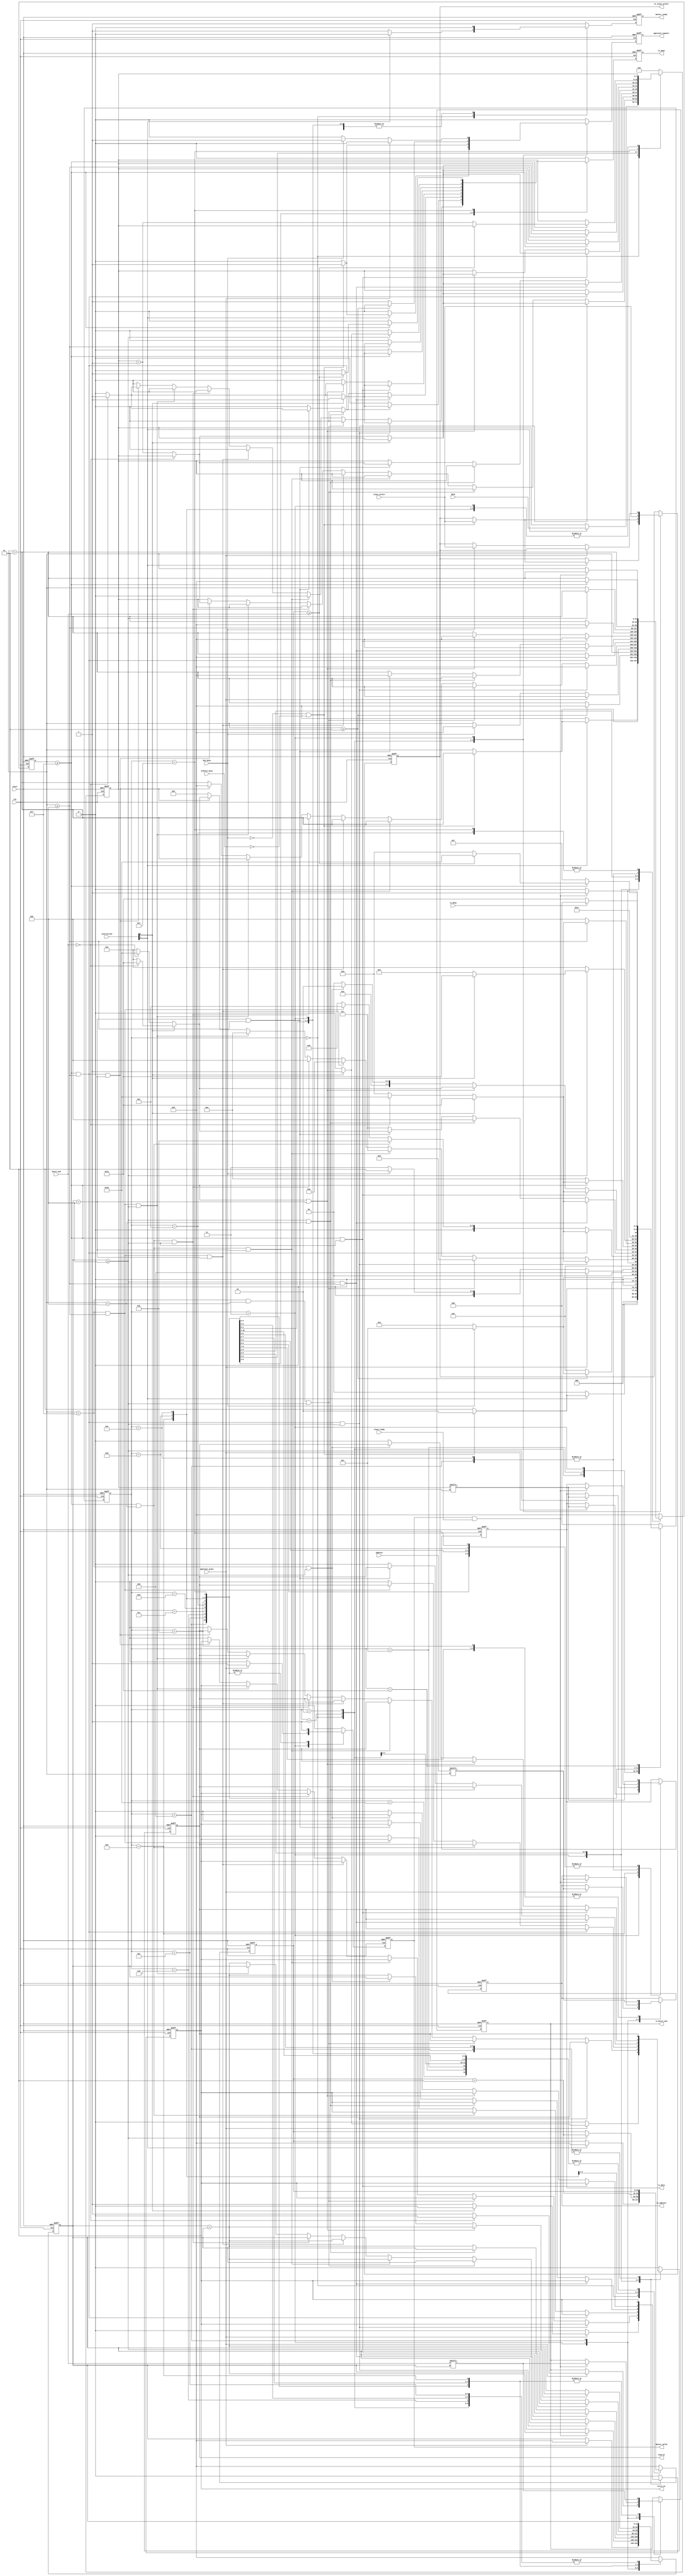
`timescale 1ns / 1ps
//////////////////////////////////////////////////////////////////////////////////
// Company: 
// Engineer: 
// 
// Design Name: 
// Module Name: master_out_port
// Project Name: 
// Target Devices: 
// Tool Versions: 
// Description: 
// 
// Dependencies: 
// 
// Revision:
// Revision 0.01 - File Created
// Additional Comments:
// 
//////////////////////////////////////////////////////////////////////////////////


module master_out_port #(parameter SLAVE_LEN=2, parameter ADDR_LEN=12, parameter DATA_LEN=8, parameter BURST_LEN=12)(
	input clk, 
	input reset,
	
	input slave_select,
	input [1:0]instruction, 
	input [ADDR_LEN-1:0]address,
	input [DATA_LEN-1:0]data,
	input [BURST_LEN-1:0]burst_num,
	input rx_done,
	output reg tx_done,
	
	input slave_ready,
	input arbitor_busy,
	input bus_busy,
	input approval_grant,
	output reg master_ready,
	output reg approval_request,
	output reg tx_slave_select,
	output reg master_valid,
	output reg write_en,
	output reg read_en,	
	output reg tx_address,
	output reg tx_data,
	output reg tx_burst_num); //check

reg [4:0]state = 0;
reg [DATA_LEN-1:0]temp_data = 0;

parameter IDLE=0, WAIT_ARBITOR=1, TRANSMIT_SELECT=2, WAIT_APPROVAL=3, WAIT_HANDSHAKE=4, 
				TRANSMIT_BURST_ADDR_DATA=5, TRANSMIT_ADDR_DATA=6, TRANSMIT_BURST_ADDR=7, TRANSMIT_BURST_DATA=8,
				TRANSMIT_BURST_FIRST_BIT=9, TRANSMIT_DATA=10, TRANSMIT_ADDR=11, WAIT_BUS=12, FIRST_BIT_BURST=13,
				WAIT_HANDSHAKE_BURST=14, TRANSMIT_DATA_BURST=15, FINISH=16, READ_WAIT=17;
				
parameter INACTIVE=2'b00, WRITE=2'b10, READ=2'b11;

integer count = 0;
integer count2 = 0;
integer burst_count = 0;

always @ (posedge clk or posedge reset) 
begin
	if (reset)
	begin
		count <= 0;
		state <=IDLE;
		master_ready<= 1;
		approval_request<= 0;
		tx_slave_select<= 0;
		master_valid<= 0;
		write_en<= 0;
		read_en<= 0;	
		tx_address<= 0;
		tx_data<= 0;
		tx_done<= 0;
		burst_count <= 0;
		temp_data <= 0;
		tx_burst_num <= 0;
		count2 <= 0;
	end
	else
		case (state)
		
		IDLE:
		begin
			if (instruction[1]==1)
			begin
				if (bus_busy == 0 && arbitor_busy == 0)
				begin
					count <= count+1;
					state <= TRANSMIT_SELECT;
					master_ready<= 0;
					approval_request <= 1;
					tx_slave_select <= slave_select;
					master_valid <= 0;
					write_en <= 0;
					read_en <= 0;	
					tx_address <= tx_address;
					tx_data <= tx_data;
					tx_done <= 0;
					burst_count <= 0;
					temp_data <= data;
					tx_burst_num <= tx_burst_num;
					count2 <= count2;
				end
				else
				begin
					count <= count;
					state <= WAIT_ARBITOR;
					master_ready<= 0;
					approval_request <= 0;
					tx_slave_select <= tx_slave_select;
					master_valid <= 0;
					write_en <= 0;
					read_en <= 0;	
					tx_address <= tx_address;
					tx_data <= tx_data;
					tx_done <= 0;
					burst_count <= 0;
					temp_data <= data;
					tx_burst_num <= tx_burst_num;
					count2 <= count2;
				end
			end
			
			else
			begin
				count <= 0;
				state <=IDLE;
				master_ready <= 1;
				approval_request <= 0;
				tx_slave_select <= tx_slave_select;
				master_valid <= 0;
				write_en <= 0;
				read_en <= 0;	
				tx_address <= tx_address;
				tx_data <= tx_data;
				tx_done <= 0;
				burst_count <= burst_count;
				temp_data <= temp_data;
				tx_burst_num <= tx_burst_num;
				count2 <= count2;
			end
			
		end
		
		WAIT_ARBITOR:
		begin
			if (bus_busy == 0 && arbitor_busy == 0)
			begin
				count <= count+1;
				state <= TRANSMIT_SELECT;
				master_ready<= 0;
				approval_request <= 1;
				tx_slave_select <= slave_select;
				master_valid <= 0;
				write_en <= 0;
				read_en <= 0;	
				tx_address <= tx_address;
				tx_data <= tx_data;
				tx_done <= 0;
				burst_count <= burst_count;
				temp_data <= temp_data;
				tx_burst_num <= tx_burst_num;
				count2 <= count2;
			end
			else
			begin
				count <= count;
				state <= WAIT_ARBITOR;
				master_ready<= 0;
				approval_request <= 0;
				tx_slave_select <= tx_slave_select;
				master_valid <= 0;
				write_en <= 0;
				read_en <= 0;	
				tx_address <= tx_address;
				tx_data <= tx_data;
				tx_done <= 0;
				burst_count <= burst_count;
				temp_data <= temp_data;
				tx_burst_num <= tx_burst_num;
				count2 <= count2;
			end
		end
		
		TRANSMIT_SELECT:
		begin
			if (count >= SLAVE_LEN-1)
			begin
				count <= 0;
				if (bus_busy==0)
					state <=WAIT_APPROVAL;
				else	
					state <=WAIT_BUS;
				master_ready <= 0;
				approval_request <= 0;
				tx_slave_select <= slave_select;
				master_valid <= 0;
				write_en <= 0;
				read_en <= 0;	
				tx_address <= tx_address;
				tx_data <= tx_data;
				tx_done <= 0;
				burst_count <= burst_count;
				temp_data <= temp_data;
				tx_burst_num <= tx_burst_num;
				count2 <= count2;
			end
			
			else
			begin
				count <= count+1;
				state <=TRANSMIT_SELECT;
				master_ready <= 0;
				approval_request <= 1;
				tx_slave_select <= slave_select;
				master_valid <= 0;
				write_en <= 0;
				read_en <= 0;	
				tx_address <= tx_address;
				tx_data <= tx_data;
				tx_done <= 0;
				burst_count <= burst_count;
				temp_data <= temp_data;
				tx_burst_num <= tx_burst_num;
				count2 <= count2;
			end
		end
		
		WAIT_BUS:
		begin
			if (bus_busy==0)
			begin
				count <= count;
				state <= WAIT_APPROVAL;
				master_ready <= 0;
				approval_request <= 0;
				tx_slave_select <= tx_slave_select;
				master_valid <= 0;
				write_en <= 0;
				read_en <= 0;	
				tx_address <= tx_address;
				tx_data <= tx_data;
				tx_done <= 0;
				burst_count <= burst_count;
				temp_data <= temp_data;
				tx_burst_num <= tx_burst_num;
				count2 <= count2;
			end
			
			else
			begin
				count <= count;
				state <= WAIT_BUS;
				master_ready <= 0;
				approval_request <= 0;
				tx_slave_select <= tx_slave_select;
				master_valid <= 0;
				write_en <= 0;
				read_en <= 0;	
				tx_address <= tx_address;
				tx_data <= tx_data;
				tx_done <= 0;
				burst_count <= burst_count;
				temp_data <= temp_data;
				tx_burst_num <= tx_burst_num;
				count2 <= count2;
			end
		end
		
		WAIT_APPROVAL:
		begin
			if (approval_grant==1)
			begin
				count <= count+1;
				state <=WAIT_HANDSHAKE;
				master_ready <= 0;
				approval_request <= 0;
				tx_slave_select <= tx_slave_select;
				master_valid <= 1;

			// instruction==1--->read enable
				if (instruction[0]==1)
				begin
					write_en <= 0;
					read_en <= 1;	
				end
				else
				// instruction==0--->write enable
				begin
					write_en <= 1;
					read_en <= 0;	
				end
				tx_address <= address[count];
				tx_data <= temp_data[count];
				tx_done <= 0;
				burst_count <= burst_count;
				temp_data <= temp_data;
				if (burst_num==0)
					tx_burst_num <= 0;
				else
					tx_burst_num <= 1;
				count2 <= 0;
			end
			
			else
			begin
			
				if (bus_busy == 1) 
				begin
					count <= 0;
					state <= WAIT_ARBITOR;
					master_ready<= 0;
					approval_request <= 1;
					tx_slave_select <= slave_select;
					master_valid <= 0;
					write_en <= 0;
					read_en <= 0;	
					tx_address <= tx_address;
					tx_data <= tx_data;
					tx_done <= 0;
					burst_count <= burst_count;
					temp_data <= temp_data;
					tx_burst_num <= tx_burst_num;
					count2 <= count2;
				end
				
				else
				begin
					count <= count;
					state <= WAIT_APPROVAL;
					master_ready <= 0;
					approval_request <= 0;
					tx_slave_select <= tx_slave_select;
					master_valid <= 0;
					write_en <= 0;
					read_en <= 0;	
					tx_address <= tx_address;
					tx_data <= tx_data;
					tx_done <= 0;
					burst_count <= burst_count;
					temp_data <= temp_data;
					tx_burst_num <= tx_burst_num;
					count2 <= count2;
				end

			end
		end
		
		WAIT_HANDSHAKE:
		begin
			//if master and slave are ready to data transaction, sampling of the first bit is done
			if (master_valid==1 && slave_ready==1)
			begin
				count <= count+1;
				state <=TRANSMIT_BURST_ADDR_DATA;
				master_ready <= 0;
				approval_request <= 0;
				tx_slave_select <= tx_slave_select;
				master_valid <= 1;
				write_en <= write_en;
				read_en <= read_en;
				tx_address <= address[count];
				tx_data <= temp_data[count];
				tx_done <= 0;
				burst_count <= burst_count;
				temp_data <= temp_data;
				tx_burst_num <= burst_num[count2];
				count2 <= count2+1;
			end
			
			//if master and slave are not ready to data transaction, go back to wait_handshake state 
			else
			begin
				count <= count;
				state <= WAIT_HANDSHAKE;
				master_ready <= 0;
				approval_request <= 0;
				tx_slave_select <= tx_slave_select;
				master_valid <= 1;
				write_en <= write_en;
				read_en <= read_en;	
				tx_address <= tx_address;
				tx_data <= tx_data;
				tx_done <= 0;
				burst_count <= burst_count;
				temp_data <= temp_data;
				tx_burst_num <= tx_burst_num;
				count2 <= count2;
			end
		end
		
		//after hanshaking, transmitting addtess and data starts
		TRANSMIT_BURST_ADDR_DATA:
		begin
			if (count >= DATA_LEN-1 && count >= ADDR_LEN-1 && count2 >= BURST_LEN-1)
			begin
				count <= 0;
				//for write operation
				if (instruction[0]==0)
				begin
					//if it is not a burst operation, go to finish state
					if (burst_num==0)
					begin
						state <= FINISH;
						temp_data <= temp_data;
						tx_done <= 1;
					end
					else
					//if it is a burst operation, send the last bit of the burst number
					begin
						state <= FIRST_BIT_BURST;
						temp_data <= temp_data+1;
						tx_done <= 0;
					end
				end
				//for read operation
				else
				begin
					state <= READ_WAIT;
					temp_data <= temp_data;
					tx_done <= 1;
				end
				master_ready <= 0;
				approval_request <= 0;
				tx_slave_select <= tx_slave_select;
				master_valid <= 1;
				write_en <= write_en;
				read_en <= read_en;
				tx_address <= address[count];
				tx_data <= temp_data[count];
				burst_count <= burst_count;
				tx_burst_num <= burst_num[count2];
				count2 <= count2;
			end
			
			//no need of this state, always address_len>burst_len
			else if (count < DATA_LEN-1 && count < ADDR_LEN-1 && count2 >= BURST_LEN-1)
			begin
				count <= count+1;
				state <= TRANSMIT_ADDR_DATA;
				master_ready <= 0;
				approval_request <= 0;
				tx_slave_select <= tx_slave_select;
				master_valid <= 1;
				write_en <= write_en;
				read_en <= read_en;
				tx_address <= address[count];
				tx_data <= temp_data[count];
				tx_done <= 0;
				burst_count <= burst_count;
				temp_data <= temp_data;
				tx_burst_num <= burst_num[count2];
				count2 <= count2;
			end
			
			//finishes sending data(count>data_len-1)
			else if (count >= DATA_LEN-1 && count < ADDR_LEN-1 && count2 < BURST_LEN-1)
			begin
				count <= count+1;
				state <= TRANSMIT_BURST_ADDR;
				master_ready <= 0;
				approval_request <= 0;
				tx_slave_select <= tx_slave_select;
				master_valid <= 1;
				write_en <= write_en;
				read_en <= read_en;
				tx_address <= address[count];
				tx_data <= temp_data[count];
				tx_done <= 0;
				burst_count <= burst_count;
				temp_data <= temp_data;
				tx_burst_num <= burst_num[count2];
				count2 <= count2+1;
			end
			
			//no need of this state,always data_len<address_len
			else if (count < DATA_LEN-1 && count >= ADDR_LEN-1 && count2 < BURST_LEN-1)
			begin
				count <= count+1;
				state <= TRANSMIT_BURST_DATA;
				master_ready <= 0;
				approval_request <= 0;
				tx_slave_select <= tx_slave_select;
				master_valid <= 1;
				write_en <= write_en;
				read_en <= read_en;
				tx_address <= address[count];
				tx_data <= temp_data[count];
				tx_done <= 0;
				burst_count <= burst_count;
				temp_data <= temp_data;
				tx_burst_num <= burst_num[count2];
				count2 <= count2+1;
			end
			
			//no need of this state, since always burst_len>address_len
			else if (count >= DATA_LEN-1 && count < ADDR_LEN-1 && count2 >= BURST_LEN-1)
			begin
				count <= count+1;
				state <= TRANSMIT_ADDR;
				master_ready <= 0;
				approval_request <= 0;
				tx_slave_select <= tx_slave_select;
				master_valid <= 1;
				write_en <= write_en;
				read_en <= read_en;
				tx_address <= address[count];
				tx_data <= temp_data[count];
				tx_done <= 0;
				burst_count <= burst_count;
				temp_data <= temp_data;
				tx_burst_num <= burst_num[count2];
				count2 <= count2;
			end
			
			//no need of this state, since always burst_len>address_len
			else if (count < DATA_LEN-1 && count >= ADDR_LEN-1 && count2 >= BURST_LEN-1)
			begin
				count <= count+1;
				state <= TRANSMIT_DATA;
				master_ready <= 0;
				approval_request <= 0;
				tx_slave_select <= tx_slave_select;
				master_valid <= 1;
				write_en <= write_en;
				read_en <= read_en;
				tx_address <= address[count];
				tx_data <= temp_data[count];
				tx_done <= 0;
				burst_count <= burst_count;
				temp_data <= temp_data;
				tx_burst_num <= burst_num[count2];
				count2 <= count2;
			end
			
			//finshed reading data and address
			else if (count >= DATA_LEN-1 && count >= ADDR_LEN-1 && count2 < BURST_LEN-1)
			begin
				count <= 0;
				//check whether the instruction is to write
				if (instruction[0]==0)
				begin
					//check whether it is burst operation
					if (burst_num==0)
					//if not only one data write, go to finish state
					begin
						state <= FINISH;
						tx_done <= 1;
						temp_data <= temp_data;
					end
					//if it is a burst write, goto next state to send the last bit of the burst address
					else
					begin
						state <= TRANSMIT_BURST_FIRST_BIT;
						tx_done <= 0;
						temp_data <= temp_data+1;
					end
				end
				//if it is a read operation, 
				else
				begin
					//if it is not a burst read command, go to read_wait state, transmission done
					if (burst_num==0)
					begin
						state <= READ_WAIT;
						tx_done <= 1;
						temp_data <= temp_data;
					end
					//if it is a burst write, goto next state to send the last bit of the burst address
					else
					begin
						state <= TRANSMIT_BURST_FIRST_BIT;
						tx_done <= 0;
						temp_data <= temp_data+1;
					end
				end
				master_ready <= 0;
				approval_request <= 0;
				tx_slave_select <= tx_slave_select;
				master_valid <= 1;
				write_en <= write_en;
				read_en <= read_en;
				tx_address <= address[count];
				tx_data <= temp_data[count];
				burst_count <= burst_count;
				tx_burst_num <= burst_num[count2];
				count2 <= count2+1;
			end
			
			//count<data_len, continus to transmit data, address and burst_num
			else
			begin
				count <= count+1;
				state <= TRANSMIT_BURST_ADDR_DATA;
				master_ready <= 0;
				approval_request <= 0;
				tx_slave_select <= tx_slave_select;
				master_valid <= 1;
				write_en <= 0;
				read_en <= 0;	
				tx_address <= address[count];
				tx_data <= temp_data[count];
				tx_done <= 0;
				burst_count <= burst_count;
				temp_data <= temp_data;
				tx_burst_num <= burst_num[count2];
				count2 <= count2+1;
			end
		end
		
		//no need of this state
		TRANSMIT_ADDR_DATA:
		begin
			//receive all the data and address bits
			if (count >= DATA_LEN-1 && count >= ADDR_LEN-1)
			begin
				count <= 0;
				//if the instruction is to write 
				if (instruction[0]==0)
				begin
					//if it is not a burst write, go to finish state
					if (burst_num==0)
					begin
						state <= FINISH;
						temp_data <= temp_data;
						tx_done <= 1;
					end
					//else go to next state to send last bit of burst address
					else
					begin
						state <= FIRST_BIT_BURST;
						temp_data <= temp_data+1;
						tx_done <= 0;
					end
				end
				//if it is a read instruction
				else
				begin
					state <= READ_WAIT;
					temp_data <= temp_data;
					tx_done <= 1;
				end
				master_ready <= 0;
				approval_request <= 0;
				tx_slave_select <= tx_slave_select;
				master_valid <= 1;
				write_en <= write_en;
				read_en <= read_en;
				tx_address <= address[count];
				tx_data <= temp_data[count];
				burst_count <= burst_count;
				tx_burst_num <= tx_burst_num;
				count2 <= count2;
			end
			
			//finished sending data bits
			else if (count >= DATA_LEN-1 && count < ADDR_LEN-1)
			begin
				count <= count+1;
				state <= TRANSMIT_ADDR;
				master_ready <= 0;
				approval_request <= 0;
				tx_slave_select <= tx_slave_select;
				master_valid <= 1;
				write_en <= write_en;
				read_en <= read_en;
				tx_address <= address[count];
				tx_data <= temp_data[count];
				tx_done <= 0;
				burst_count <= burst_count;
				temp_data <= temp_data;
				tx_burst_num <= tx_burst_num;
				count2 <= count2;
			end
			

			//finished sending address
			else if (count < DATA_LEN-1 && count >= ADDR_LEN-1)
			begin
				count <= count+1;
				state <= TRANSMIT_DATA;
				master_ready <= 0;
				approval_request <= 0;
				tx_slave_select <= tx_slave_select;
				master_valid <= 1;
				write_en <= write_en;
				read_en <= read_en;
				tx_address <= address[count];
				tx_data <= temp_data[count];
				tx_done <= 0;
				burst_count <= burst_count;
				temp_data <= temp_data;
				tx_burst_num <= tx_burst_num;
				count2 <= count2;
			end
			
			//not finishing sending addresss and data
			else
			begin
				count <= count+1;
				state <= TRANSMIT_ADDR_DATA;
				master_ready <= 0;
				approval_request <= 0;
				tx_slave_select <= tx_slave_select;
				master_valid <= 1;
				write_en <= 0;
				read_en <= 0;	
				tx_address <= address[count];
				tx_data <= temp_data[count];
				tx_done <= 0;
				burst_count <= burst_count;
				temp_data <= temp_data;
				tx_burst_num <= tx_burst_num;
				count2 <= count2;
			end
		end
		
		//after finishing sending data, this state comes,send the remaining address bits
		TRANSMIT_BURST_ADDR:
		begin
			//send first 12 bits of the burst address and address
			if (count2 >= BURST_LEN-1 && count >= ADDR_LEN-1)
			begin
				count <= 0;
				if (instruction[0]==0)
				begin
					//if it is not a burst write
					if (burst_num==0)
					begin
						state <= FINISH;
						temp_data <= temp_data;
						tx_done <= 1;
					end
					//if it is a burst write
					else
					begin
						state <= FIRST_BIT_BURST;
						temp_data <= temp_data+1;
						tx_done <= 0;
					end
				end
				//if it is a read command
				else
				begin
					state <= READ_WAIT;
					temp_data <= temp_data;
					tx_done <= 1;
				end
				master_ready <= 0;
				approval_request <= 0;
				tx_slave_select <= tx_slave_select;
				master_valid <= 1;
				write_en <= write_en;
				read_en <= read_en;
				tx_address <= address[count];
				tx_data <= tx_data;
				burst_count <= burst_count;
				tx_burst_num <= burst_num[count2];
				count2 <= count2;
			end
			
			//no use of this condition
			else if (count2 >= BURST_LEN-1 && count < ADDR_LEN-1)
			begin
				count <= count+1;
				state <= TRANSMIT_ADDR;
				master_ready <= 0;
				approval_request <= 0;
				tx_slave_select <= tx_slave_select;
				master_valid <= 1;
				write_en <= write_en;
				read_en <= read_en;
				tx_address <= address[count];
				tx_data <= tx_data;
				tx_done <= 0;
				burst_count <= burst_count;
				temp_data <= temp_data;
				tx_burst_num <= burst_num[count2];
				count2 <= count2;
			end
			
			//send all the adreess 
			else if (count2 < BURST_LEN-1 && count >= ADDR_LEN-1)
			begin
				count <= 0;
				//if it is a write command
				if (instruction[0]==0)
				begin
					//if it is not a burst operaton 
					if (burst_num==0)
					begin
						state <= FINISH;
						temp_data <= temp_data;
						tx_done <= 1;
						
					end
					//if burst then send last bit of address
					else
					begin
						state <= TRANSMIT_BURST_FIRST_BIT;
						temp_data <= temp_data+1;
						tx_done <= 0;
					end
				end
				//read command
				else
				begin
					//if it is not a burst operaton 
					if (burst_num==0)
					begin
						state <= READ_WAIT;
						temp_data <= temp_data;
						tx_done <= 1;
					end
					//if burst then send last bit of address
					else
					begin
						state <= TRANSMIT_BURST_FIRST_BIT;
						temp_data <= temp_data+1;
						tx_done <= 0;
					end
				end
				master_ready <= 0;
				approval_request <= 0;
				tx_slave_select <= tx_slave_select;
				master_valid <= 1;
				write_en <= write_en;
				read_en <= read_en;
				tx_address <= address[count];
				tx_data <= tx_data;
				burst_count <= burst_count;
				tx_burst_num <= burst_num[count2];
				count2 <= count2+1;
			end
			
			//not completed sending address
			else
			begin
				count <= count+1;
				state <= TRANSMIT_BURST_ADDR;
				master_ready <= 0;
				approval_request <= 0;
				tx_slave_select <= tx_slave_select;
				master_valid <= 1;
				write_en <= 0;
				read_en <= 0;	
				tx_address <= address[count];
				tx_data <= tx_data;
				tx_done <= 0;
				burst_count <= burst_count;
				temp_data <= temp_data;
				tx_burst_num <= burst_num[count2];
				count2 <= count2+1;
			end
		end
		

		//no use of this state
		TRANSMIT_BURST_DATA:
		begin
			if (count >= DATA_LEN-1 && count2 >= BURST_LEN-1)
			begin
				count <= 0;
				if (instruction[0]==0)
				begin
					if (burst_num==0)
					begin
						state <= FINISH;
						temp_data <= temp_data;
						tx_done <= 1;
					end
					else
					begin
						state <= FIRST_BIT_BURST;
						temp_data <= temp_data+1;
						tx_done <= 0;
					end
				end
				else
				begin
					state <= READ_WAIT;
					temp_data <= temp_data;
					tx_done <= 1;
				end
				master_ready <= 0;
				approval_request <= 0;
				tx_slave_select <= tx_slave_select;
				master_valid <= 1;
				write_en <= write_en;
				read_en <= read_en;
				tx_address <= tx_address;
				tx_data <= temp_data[count];
				burst_count <= burst_count;
				tx_burst_num <= burst_num[count2];
				count2 <= count2;
			end
			
			else if (count >= DATA_LEN-1 && count2 < BURST_LEN-1)
			begin
				count <= 0;
				if (instruction[0]==0)
				begin
					if (burst_num==0)
					begin
						state <= FINISH;
						temp_data <= temp_data;
						tx_done <= 1;
					end
					else
					begin
						state <= TRANSMIT_BURST_FIRST_BIT;						
						temp_data <= temp_data+1;
						tx_done <= 0;
					end
				end
				else
				begin
					if (burst_num==0)
					begin
						state <= READ_WAIT;
						tx_done <= 1;
					end
					else
					begin
						state <= TRANSMIT_BURST_FIRST_BIT;
						tx_done <= 0;
					end
				end
				master_ready <= 0;
				approval_request <= 0;
				tx_slave_select <= tx_slave_select;
				master_valid <= 1;
				write_en <= write_en;
				read_en <= read_en;
				tx_address <= tx_address;
				tx_data <= temp_data[count];
				burst_count <= burst_count;
				tx_burst_num <= burst_num[count2];
				count2 <= count2+1;
			end
			
			else if (count < DATA_LEN-1 && count2 >= BURST_LEN-1)
			begin
				count <= count+1;
				state <= TRANSMIT_DATA;
				master_ready <= 0;
				approval_request <= 0;
				tx_slave_select <= tx_slave_select;
				master_valid <= 1;
				write_en <= write_en;
				read_en <= read_en;
				tx_address <= tx_address;
				tx_data <= temp_data[count];
				tx_done <= 0;
				burst_count <= burst_count;
				temp_data <= temp_data;
				tx_burst_num <= burst_num[count2];
				count2 <= count2;
			end
			
			else
			begin
				count <= count+1;
				state <= TRANSMIT_BURST_DATA;
				master_ready <= 0;
				approval_request <= 0;
				tx_slave_select <= tx_slave_select;
				master_valid <= 1;
				write_en <= 0;
				read_en <= 0;	
				tx_address <= tx_address;
				tx_data <= temp_data[count];
				tx_done <= 0;
				burst_count <= burst_count;
				temp_data <= temp_data;
				tx_burst_num <= burst_num[count2];
				count2 <= count2+1;
			end
		end
		

		//no use of this state
		TRANSMIT_DATA:
		begin
			if (count >= DATA_LEN-1)
			begin
				count <= 0;
				if (instruction[0]==0)
				begin
					if (burst_num==0)
					begin
						state <= FINISH;
						temp_data <= temp_data;
						tx_done <= 1;
					end
					else
					begin
						state <= FIRST_BIT_BURST;
						temp_data <= temp_data+1;
						tx_done <= 0;
					end
				end
				else
				begin
					state <= READ_WAIT;
					temp_data <= temp_data;
					tx_done <= 1;
				end
				master_ready <= 0;
				approval_request <= 0;
				tx_slave_select <= tx_slave_select;
				master_valid <= 1;
				write_en <= write_en;
				read_en <= read_en;
				tx_address <= tx_address;
				tx_data <= temp_data[count];
				burst_count <= burst_count;
				tx_burst_num <= tx_burst_num;
				count2 <= count2;
			end
			
			else
			begin
				count <= count+1;
				state <= TRANSMIT_DATA;
				master_ready <= 0;
				approval_request <= 0;
				tx_slave_select <= tx_slave_select;
				master_valid <= 1;
				write_en <= write_en;
				read_en <= read_en;	
				tx_address <= tx_address;
				tx_data <= temp_data[count];
				tx_done <= 0;
				burst_count <= burst_count;
				temp_data <= temp_data;
				tx_burst_num <= tx_burst_num;
				count2 <= count2;
			end
		end
		

		//no use of this state
		TRANSMIT_ADDR:
		begin
			if (count >= ADDR_LEN-1)
			begin
				count <= 0;
				if (instruction[0]==0)
				begin
					if (burst_num==0)
					begin
						state <= FINISH;
						temp_data <= temp_data;
						tx_done <= 1;
					end
					else
					begin
						state <= FIRST_BIT_BURST;
						temp_data <= temp_data+1;
						tx_done <= 0;
					end
				end
				else
				begin
					state <= READ_WAIT;
					temp_data <= temp_data;
					tx_done <= 1;
				end
				master_ready <= 0;
				approval_request <= 0;
				tx_slave_select <= tx_slave_select;
				master_valid <= 1;
				write_en <= write_en;
				read_en <= read_en;
				tx_address <= address[count];
				tx_data <= tx_data;
				burst_count <= burst_count;
				tx_burst_num <= tx_burst_num;
				count2 <= count2;
			end
			
			else
			begin
				count <= count+1;
				state <= TRANSMIT_ADDR;
				master_ready <= 0;
				approval_request <= 0;
				tx_slave_select <= tx_slave_select;
				master_valid <= 1;
				write_en <= write_en;
				read_en <= read_en;
				tx_address <= address[count];
				tx_data <= tx_data;
				tx_done <= 0;
				burst_count <= burst_count;
				temp_data <= temp_data;
				tx_burst_num <= tx_burst_num;
				count2 <= count2;
			end
		end
		
		//if a burst operation, send the last bit of the address
		TRANSMIT_BURST_FIRST_BIT:
		begin
			//received lst bit of the burst address
			if (count2 >= BURST_LEN-1)
			begin
				count <= count+1;
				//if write instruction
				if (instruction[0]==0)
				begin
					state <= WAIT_HANDSHAKE_BURST;
					tx_done <= 0;
				end
				//if read instruction
				else
				begin
					state <= READ_WAIT;
					tx_done <= 1;
				end
				master_ready <= 0;
				approval_request <= 0;
				tx_slave_select <= tx_slave_select;
				master_valid <= 1;
				write_en <= write_en;
				read_en <= read_en;
				tx_address <= tx_address;
				tx_data <= temp_data[count];
				temp_data <= temp_data;
				burst_count <= burst_count+1;
				tx_burst_num <= burst_num[count2];
				count2 <= count2;
			end
			
			//if not received last bit
			else
			begin
				count <= count;
				state <= TRANSMIT_BURST_FIRST_BIT;
				master_ready <= 0;
				approval_request <= 0;
				tx_slave_select <= tx_slave_select;
				master_valid <= 1;
				write_en <= write_en;
				read_en <= read_en;
				tx_address <= tx_address;
				tx_data <= tx_data;
				tx_done <= 0;
				burst_count <= burst_count;
				temp_data <= temp_data;
				tx_burst_num <= burst_num[count2];
				count2 <= count2+1;
			end
		end
		
		/* 
		
		Have to add TRANSMIT_BURST_WAIT_HANDSHAKE and TRANSMIT_BURST_TRANSMIT_DATA for this to work 
			when more than one burst bit is left to be sent out.
			
		*/
		
		FIRST_BIT_BURST:
		begin
			count <= count+1;
			state <=WAIT_HANDSHAKE_BURST;
			master_ready <= 0;
			approval_request <= 0;
			tx_slave_select <= tx_slave_select;
			master_valid <= 1;
			write_en <= write_en;
			read_en <= read_en;	
			tx_address <= tx_address;
			tx_data <= temp_data[count];
			tx_done <= 0;
			burst_count <= burst_count+1;
			temp_data <= temp_data;	
			tx_burst_num <= tx_burst_num;
			count2 <= count2;
		end
		

		//wait for handshake of the master and slave, first bit of the next data send while sending the first bit of the burst address
		WAIT_HANDSHAKE_BURST:
		begin
			//if handshake is done
			if (master_valid==1 && slave_ready==1)
			begin
				count <= count+1;
				state <=TRANSMIT_DATA_BURST;
				master_ready <= 0;
				approval_request <= 0;
				tx_slave_select <= tx_slave_select;
				master_valid <= 1;
				write_en <= write_en;
				read_en <= read_en;
				tx_address <= tx_address;
				tx_data <= temp_data[count];
				tx_done <= 0;
				burst_count <= burst_count;
				temp_data <= temp_data;
				tx_burst_num <= tx_burst_num;
				count2 <= count2;
			end
			
			else
			begin
				count <= count;
				state <= WAIT_HANDSHAKE_BURST;
				master_ready <= 0;
				approval_request <= 0;
				tx_slave_select <= tx_slave_select;
				master_valid <= 1;
				write_en <= write_en;
				read_en <= read_en;	
				tx_address <= tx_address;
				tx_data <= tx_data;
				tx_done <= 0;
				burst_count <= burst_count;
				temp_data <= temp_data;
				tx_burst_num <= tx_burst_num;
				count2 <= count2;
			end
		end
		

		//transmit all the burst data 
		TRANSMIT_DATA_BURST:
		begin
			//if send all the data bits
			if (count >= DATA_LEN-1)
			begin
				count <= 0;
				//check whether there is more burst data to be send
				if (burst_count >= burst_num)
				//if no, then go to finish state
				begin
					state <= FINISH;
					temp_data <= temp_data;
					tx_done <= 1;
				end
				//otherwise go to send the first bit of the burst 
				else
				begin
					state <= FIRST_BIT_BURST;
					temp_data <= temp_data+1;
					tx_done <= 0;
				end
				master_ready <= 0;
				approval_request <= 0;
				tx_slave_select <= tx_slave_select;
				master_valid <= 1;
				write_en <= write_en;
				read_en <= read_en;
				tx_address <= tx_address;
				tx_data <= temp_data[count];
				burst_count <= burst_count;
				tx_burst_num <= tx_burst_num;
				count2 <= count2;
			end
			
			else
			begin
				count <= count+1;
				state <= TRANSMIT_DATA_BURST;
				master_ready <= 0;
				approval_request <= 0;
				tx_slave_select <= tx_slave_select;
				master_valid <= 1;
				write_en <= write_en;
				read_en <= read_en;	
				tx_address <= tx_address;
				tx_data <= temp_data[count];
				tx_done <= 0;
				burst_count <= burst_count;
				temp_data <= temp_data;
				tx_burst_num <= tx_burst_num;
				count2 <= count2;
			end
		end
		
		//reading 
		READ_WAIT:
		begin
			count <= 0;
			//if reading is finished go to idle state
			if (rx_done == 1)
				state <= IDLE;
				//otherwise, stay in the read state
			else
				state <= READ_WAIT;
			master_ready <= 1;
			approval_request <= 0;
			tx_slave_select <= tx_slave_select;
			master_valid <= 0;
			write_en <= 0;
			read_en <= 0;	
			tx_address <= tx_address;
			tx_data <= tx_data;
			tx_done <= 0;
			burst_count <= burst_count;
			temp_data <= temp_data;
			tx_burst_num <= tx_burst_num;
			count2 <= count2;
		end
		
		//after finishing writing, come to this state, next state is idle
		FINISH:
		begin
			count <= 0;
			state <=IDLE;
			master_ready <= 1;
			approval_request <= 0;
			tx_slave_select <= tx_slave_select;
			master_valid <= 0;
			write_en <= 0;
			read_en <= 0;	
			tx_address <= tx_address;
			tx_data <= tx_data;
			tx_done <= 0;
			burst_count <= burst_count;
			temp_data <= temp_data;
			tx_burst_num <= tx_burst_num;
			count2 <= count2;
		end
		
		//default case
		default:
		begin 
			count <= 0;
			state <= IDLE;
			master_ready <= 1;
			approval_request <= 0;
			tx_slave_select <= tx_slave_select;
			master_valid <= 0;
			write_en <= 0;
			read_en <= 0;
			tx_address <= tx_address;
			tx_data <= tx_data;
			tx_done <= 0;
			burst_count <= 0;
			temp_data <= 0;
			tx_burst_num <= tx_burst_num;
			count2 <= 0;
		end
		
		endcase
end

endmodule